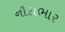
નૌકાભાર